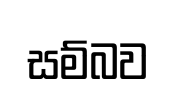
සම්බව